Civil Veterinary Dept. North-West Frontier Province 1923-32 - 1923-1932
Year: 1923
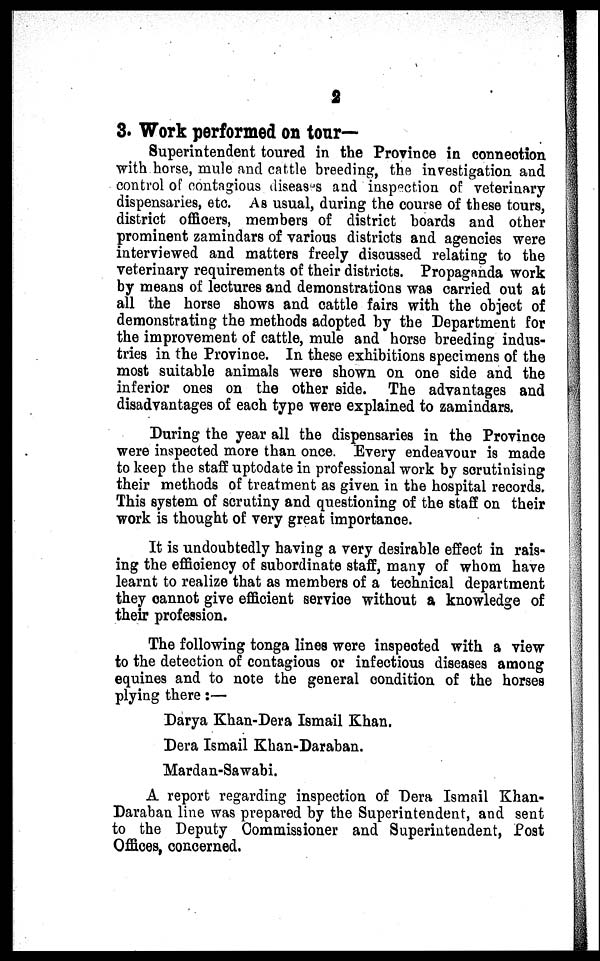
2
3. Work performed on tour—
Superintendent toured in the Province in connection
with horse, mule and cattle breeding, the investigation and
control of contagious diseases and inspection of veterinary
dispensaries, etc. As usual, during the course of these tours,
district officers, members of district boards and other
prominent zamindars of various districts and agencies were
interviewed and matters freely discussed relating to the
veterinary requirements of their districts. Propaganda work
by means of lectures and demonstrations was carried out at
all the horse shows and cattle fairs with the object of
demonstrating the methods adopted by the Department for
the improvement of cattle, mule and horse breeding indus-
tries in the Province. In these exhibitions specimens of the
most suitable animals were shown on one side and the
inferior ones on the other side. The advantages and
disadvantages of each type were explained to zamindars.
During the year all the dispensaries in the Province
were inspected more than once. Every endeavour is made
to keep the staff uptodate in professional work by scrutinising
their methods of treatment as given in the hospital records.
This system of scrutiny and questioning of the staff on their
work is thought of very great importance.
It is undoubtedly having a very desirable effect in rais-
ing the efficiency of subordinate staff, many of whom have
learnt to realize that as members of a technical department
they cannot give efficient service without a knowledge of
their profession.
The following tonga lines were inspected with a view
to the detection of contagious or infectious diseases among
equines and to note the general condition of the horses
plying there :—
Darya Khan-Dera Ismail Khan.
Dera Ismail Khan-Daraban.
Mardan-Sawabi.
A report regarding inspection of Dera Ismail Khan-
Daraban line was prepared by the Superintendent, and sent
to the Deputy Commissioner and Superintendent, Post
Offices, concerned.